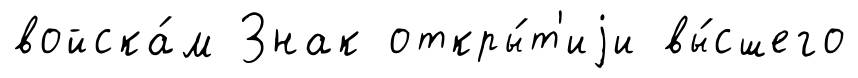
войска́м Знак откры́т'иjи вы́сшего